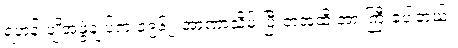
ရဟန်းပျိုအဖွဲ့ချုပ်က ၁၉၆၂ အာဏာသိမ်းပြီးတဲ့အထိ အားကြီးခဲ့ပါတယ်။